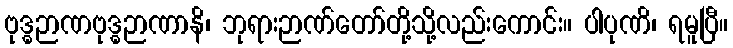
ဗုဒ္ဓဉာဏဗုဒ္ဓဉာဏာနိ၊ ဘုရားဉာဏ်တော်တို့သို့လည်းကောင်း။ ပါပုဏိ၊ ရမူပြီ။